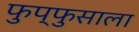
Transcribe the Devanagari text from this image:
फुप्फुसाला